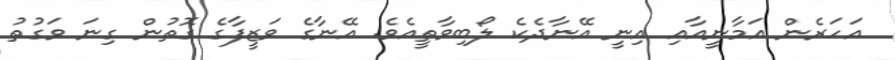
އަހަރެން އަމާނީއާއި އިނީ އޭނާދެކެ ލޯބިވާތީއެވެ. އޭނާގެ ވަޒީފާގެ ގޮތުން ގިނަ ވަގުތު